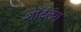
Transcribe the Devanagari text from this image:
शॉर्टलेग